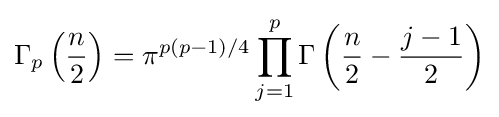
\Gamma _{p}\left({\frac {n}{2}}\right)=\pi ^{p(p-1)/4}\prod _{j=1}^{p}\Gamma \left({\frac {n}{2}}-{\frac {j-1}{2}}\right)